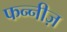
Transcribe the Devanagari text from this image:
फन्नीज़